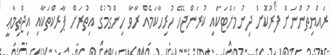
ރައްޔިތުންނަށް ފޯރުކޮށް ދިނުމަށްޓަކައި ކުރަންޖެހޭ ހުރިހާކަމެއް ރާވާ ހިންގުމުގެ އިތުރަށް ޕާރކްތަކާއި އިޖްތިމާޢީ